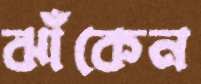
ঝাঁকেন